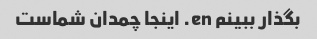
بگذار ببینم en. اینجا چمدان شماست